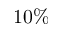
1 0 \%